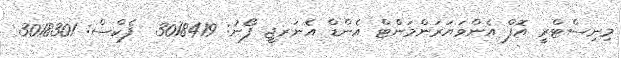
މިނިސްޓްރީ އޮފް އެންވަޔަރަންމަންޓް އެންޑް އެނަރޖީ ފޯނު: 3018419  ފެކްސް: 3018301